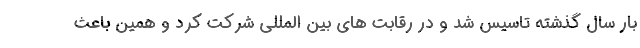
بار سال گذشته تاسیس شد و در رقابت های بین المللی شرکت کرد و همین باعث